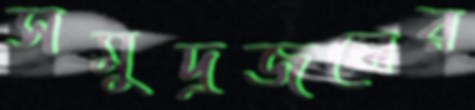
সমুদ্রজলের